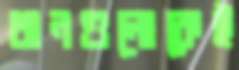
ধানগুলোকেই